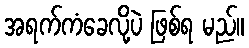
အရက်ကံခေလို့ပဲ ဖြစ်ရ မည်။